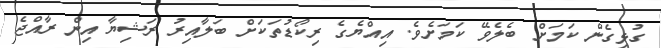
ގުޅިގެން ކަމަށް ބެލެވޭ ކަމަށެވެ. އިއްޔެގެ ރިކޯޑުތަކަށް ބަލާއިރު ރަޝިޔާ އިން ރާއްޖެ